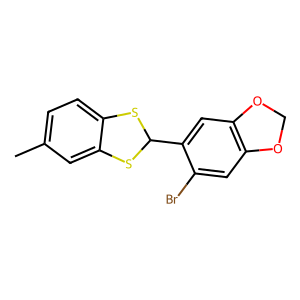
SMILES: Cc1ccc2c(c1)SC(c1cc3c(cc1Br)OCO3)S2
Inhibits HIV replication: No